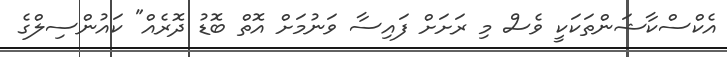
އެކްސްކާޝަންތަކަކީ ވެސް މި ރަށަށް ފައިސާ ވަނުމަށް އޮތް ބޮޑު ދޮރެއް" ކައުންސިލްގެ